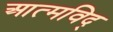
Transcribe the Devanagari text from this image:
आत्मविद्